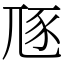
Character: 豗